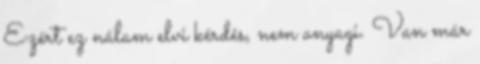
Ezért ez nálam elvi kérdés, nem anyagi. Van már